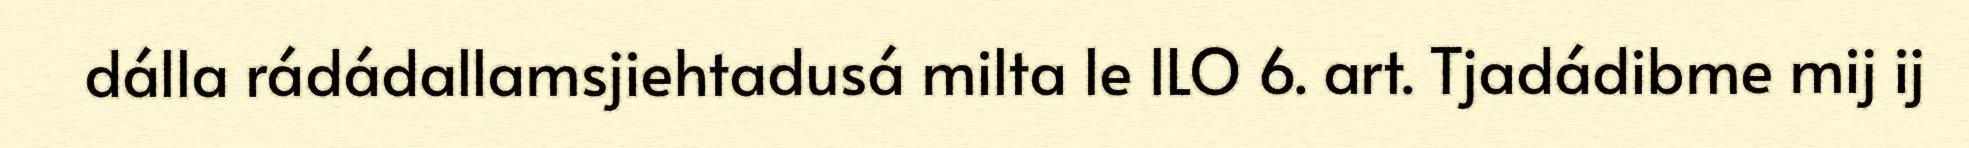
dálla rádádallamsjiehtadusá milta le ILO 6. art. Tjadádibme mij ij